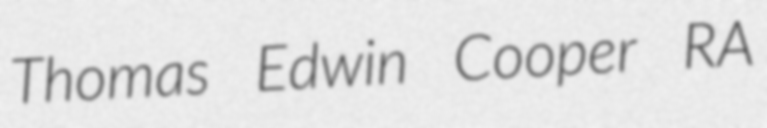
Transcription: Thomas Edwin Cooper RA